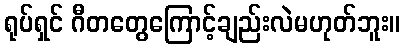
ရုပ်ရှင် ဂီတတွေကြောင့်ချည်းလဲမဟုတ်ဘူး။